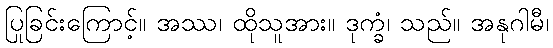
ပြုခြင်းကြောင့်။ အဿ၊ ထိုသူအား။ ဒုက္ခံ၊ သည်။ အနုဂါမီ၊